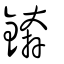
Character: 錛